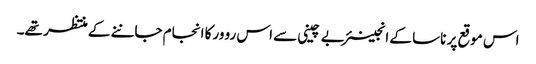
اس موقع پر ناسا کے انجینئر بے چینی سے اس رو ورکا انجام جاننے کے منتظر تھے۔